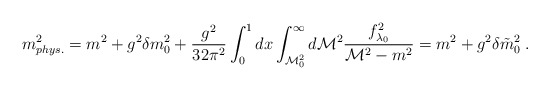
\begin{align*}m^2_{phys.} = m^2 + g^2 \delta m^2_0 + \frac{g^2}{32\pi^2} \int_0^1dx \int_{{\cal M}^2_0}^\infty d {\cal M}^2\frac{f^2_{\lambda_0}}{{\cal M}^2 - m^2} = m^2 + g^2 \delta\tilde{m}^2_0 \; . \end{align*}